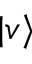
| v \rangle